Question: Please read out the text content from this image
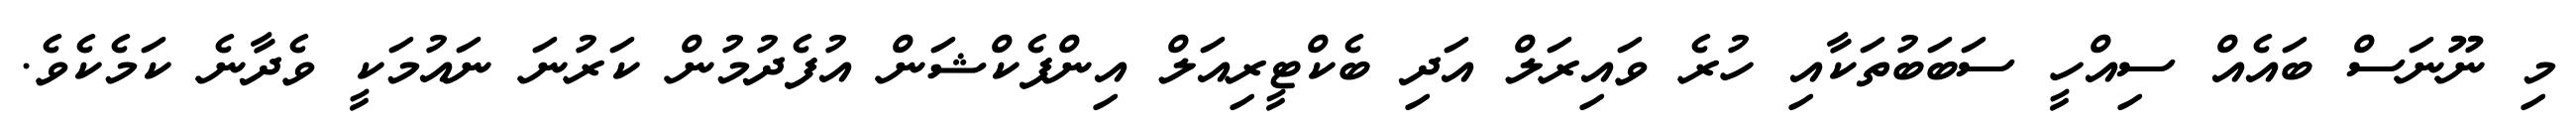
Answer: މި ނޫނަސް ބައެއް ސިއްހީ ސަބަބުތަކާއި ހުރެ ވައިރަލް އަދި ބެކްޓީރިއަލް އިންފެކްޝަން އުފެދުމުން ކަރުނަ ނައުމަކީ ވެދާނެ ކަމެކެވެ.